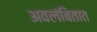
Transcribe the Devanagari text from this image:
अवलंबितात